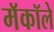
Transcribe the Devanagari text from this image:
मॅकॉले